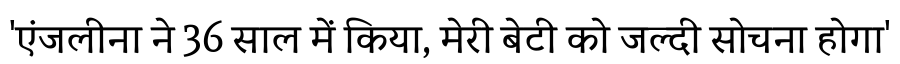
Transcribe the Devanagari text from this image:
'एंजलीना ने 36 साल में किया, मेरी बेटी को जल्दी सोचना होगा'